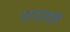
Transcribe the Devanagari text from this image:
पारवर्ती